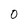
Character: 0